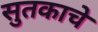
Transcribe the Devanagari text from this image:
सुतकाचे